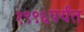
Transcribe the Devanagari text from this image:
१९९६पर्यंत